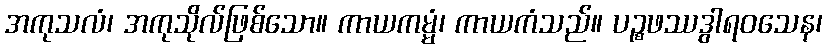
အကုသလံ၊ အကုသိုလ်ဖြစ်သော။ ကာယကမ္မံ၊ ကာယကံသည်။ ပဉ္စဖဿဒွါရဝသေန၊